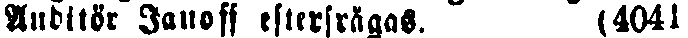
Auditör Janoff efterfrågas. (4041